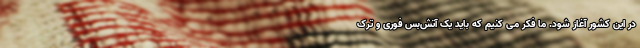
در این کشور آغاز شود. ما فکر می کنیم که باید یک آتش‌بس فوری و ترک